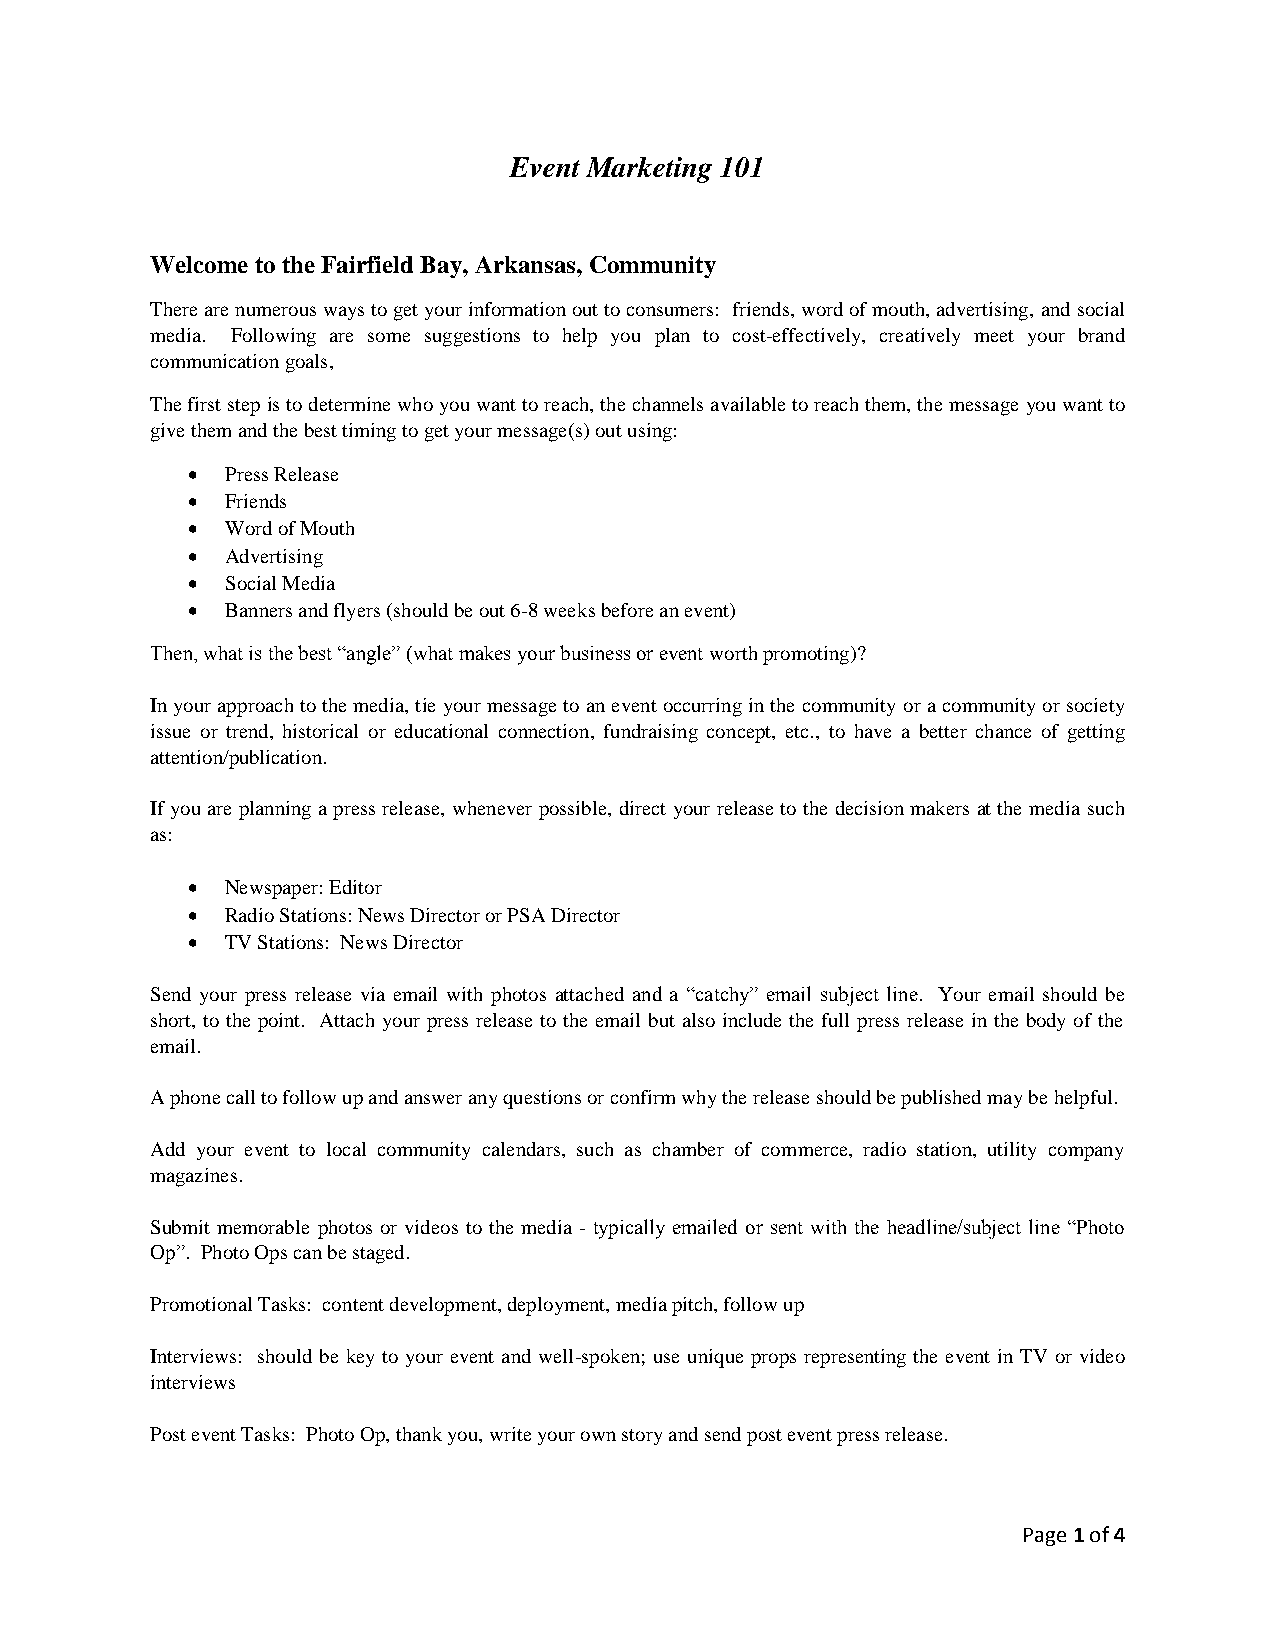
Event Marketing 101
 Welcome to the Fairfield Bay, Arkansas, Community
 There are numerous ways to get your information out to consumers: friends, word of mouth, advertising, and social
 media. Following are some suggestions to help you plan to cost-effectively, creatively meet your brand
 communication goals,
 The first step is to determine who you want to reach, the channels available to reach them, the message you want to
 give them and the best timing to get your message(s) out using:
   Press Release
   Friends
   Word of Mouth
   Advertising
   Social Media
   Banners and flyers (should be out 6-8 weeks before an event)
 Then, what is the best “angle” (what makes your business or event worth promoting)?
 In your approach to the media, tie your message to an event occurring in the community or a community or society
 issue or trend, historical or educational connection, fundraising concept, etc., to have a better chance of getting
 attention/publication.
 If you are planning a press release, whenever possible, direct your release to the decision makers at the media such
 as:
   Newspaper: Editor
   Radio Stations: News Director or PSA Director
   TV Stations: News Director
 Send your press release via email with photos attached and a “catchy” email subject line. Your email should be
 short, to the point. Attach your press release to the email but also include the full press release in the body of the
 email.
 A phone call to follow up and answer any questions or confirm why the release should be published may be helpful.
 Add your event to local community calendars, such as chamber of commerce, radio station, utility company
 magazines.
 Submit memorable photos or videos to the media - typically emailed or sent with the headline/subject line “Photo
 Op”. Photo Ops can be staged.
 Promotional Tasks: content development, deployment, media pitch, follow up
 Interviews: should be key to your event and well-spoken; use unique props representing the event in TV or video
 interviews
 Post event Tasks: Photo Op, thank you, write your own story and send post event press release.
 Page 1 of 4